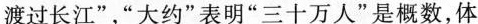
渡过长江”，”大约”表明”三十万人”是概数，体